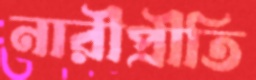
নারীপ্রীতি